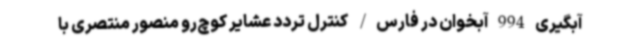
آبگیری 994 آبخوان در فارس/ کنترل تردد عشایر کوچ‌رو منصور منتصری با